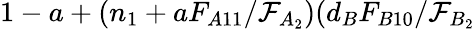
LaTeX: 1-a+(n_{1}+aF_{A11}/\mathcal{F}_{A_{2}})(d_{B}F_{B10}/\mathcal{F}_{B_{2}}